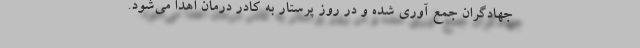
جهادگران جمع آوری شده و در روز پرستار به کادر درمان اهدا می‌شود.